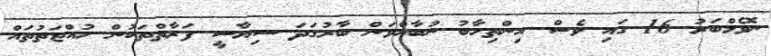
ނޮވެމްބަރު 16 ގައި ވެސް އިންތިހާބު ނުބާއްވަން ބާރުގަދަ ސިޔާސީ ފަރާތްތަކުން ހުއްޖަތުތައް